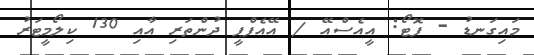
މައިގަނޑު - ފޮޓޯ: އީއެސްއޭ / އޭއެފްޕީ ދުންތަރި އާއި 130 ކިލޯމީޓަރު